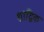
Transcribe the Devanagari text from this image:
शाद्बिक